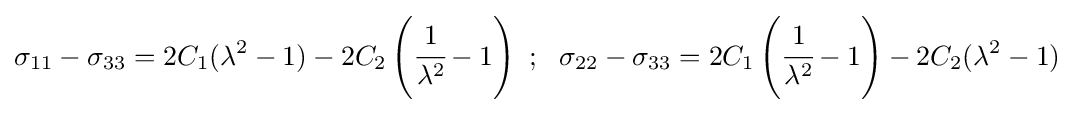
\sigma _{11}-\sigma _{33}=2C_{1}(\lambda ^{2}-1)-2C_{2}\left({\cfrac {1}{\lambda ^{2}}}-1\right)~;~~\sigma _{22}-\sigma _{33}=2C_{1}\left({\cfrac {1}{\lambda ^{2}}}-1\right)-2C_{2}(\lambda ^{2}-1)